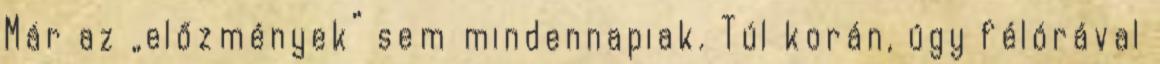
Már az „előzmények” sem mindennapiak. Túl korán, úgy félórával